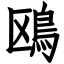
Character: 鴎